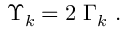
\Upsilon _ { k } = 2 \; \Gamma _ { k } ~ .